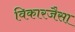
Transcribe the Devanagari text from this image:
विकारजैसा